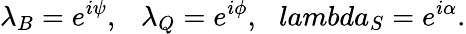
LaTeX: \lambda_{B}=e^{i\psi},\ \ \ \lambda_{Q}=e^{i\phi},\ \ \, lambda_{S}=e^{i\alpha}.